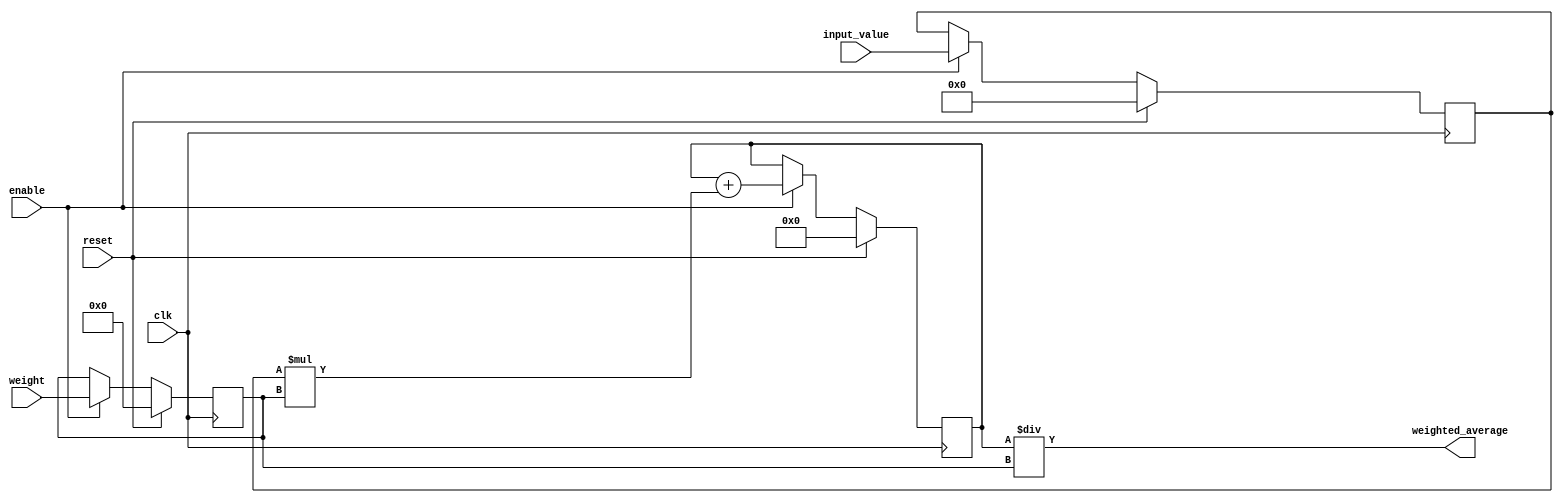
module weighted_moving_average_accumulator (
    input wire clk,
    input wire reset,
    input wire enable,
    input wire [15:0] input_value,
    input wire [7:0] weight,
    output reg [23:0] weighted_average
);

reg [23:0] sum;
reg [15:0] input_value_reg;
reg [7:0] weight_reg;

always @(posedge clk) begin
    if (reset) begin
        sum <= 24'b0;
        input_value_reg <= 16'b0;
        weight_reg <= 8'b0;
    end else if (enable) begin
        input_value_reg <= input_value;
        weight_reg <= weight;

        sum <= sum + (input_value_reg * weight_reg);
    end
end

assign weighted_average = sum / weight_reg;

endmodule